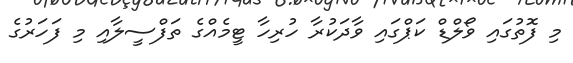
މި ފޮތުގައި ވޯލްޑް ކަޕްގައި ވާދަކުރާ ހުރިހާ ޓީމެއްގެ ތަފްސީލާއި މި ފަހަރުގެ